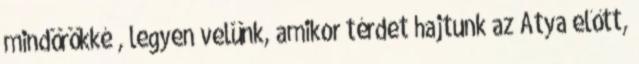
mindörökké”, legyen velünk, amikor térdet hajtunk az Atya előtt,